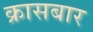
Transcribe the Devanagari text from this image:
क्रासबार